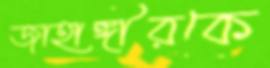
জাহাঙ্গীরকে